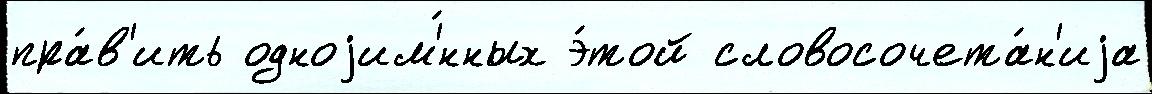
пра́в'ить одноjим'́нных э́той словосочета́н'иjа